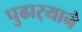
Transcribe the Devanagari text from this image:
पुढार्‍याने